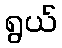
ရွယ်